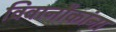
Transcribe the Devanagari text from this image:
विवानौकांना